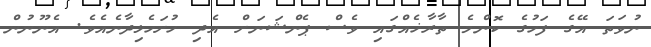
ނުވަތަ އޭގެ ފަހުގެ ކޮންމެ ތާރާޚެއްގައި ވެސް ޕެންޝަނަށް އެދި ހުށަހެޅިދާނެއެވެ. އެނޫނުން